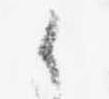
候